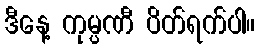
ဒီနေ့ ကုမ္ပဏီ ပိတ်ရက်ပါ။